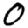
Digit: 0